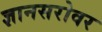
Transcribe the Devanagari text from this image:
ज्ञानसरोवर